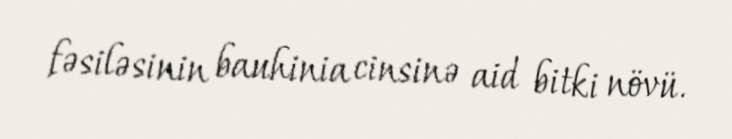
fəsiləsinin bauhinia cinsinə aid bitki növü.